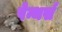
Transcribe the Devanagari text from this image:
पेन्थर्स